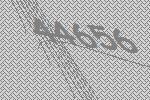
44656